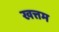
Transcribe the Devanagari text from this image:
खत्तम